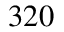
3 2 0